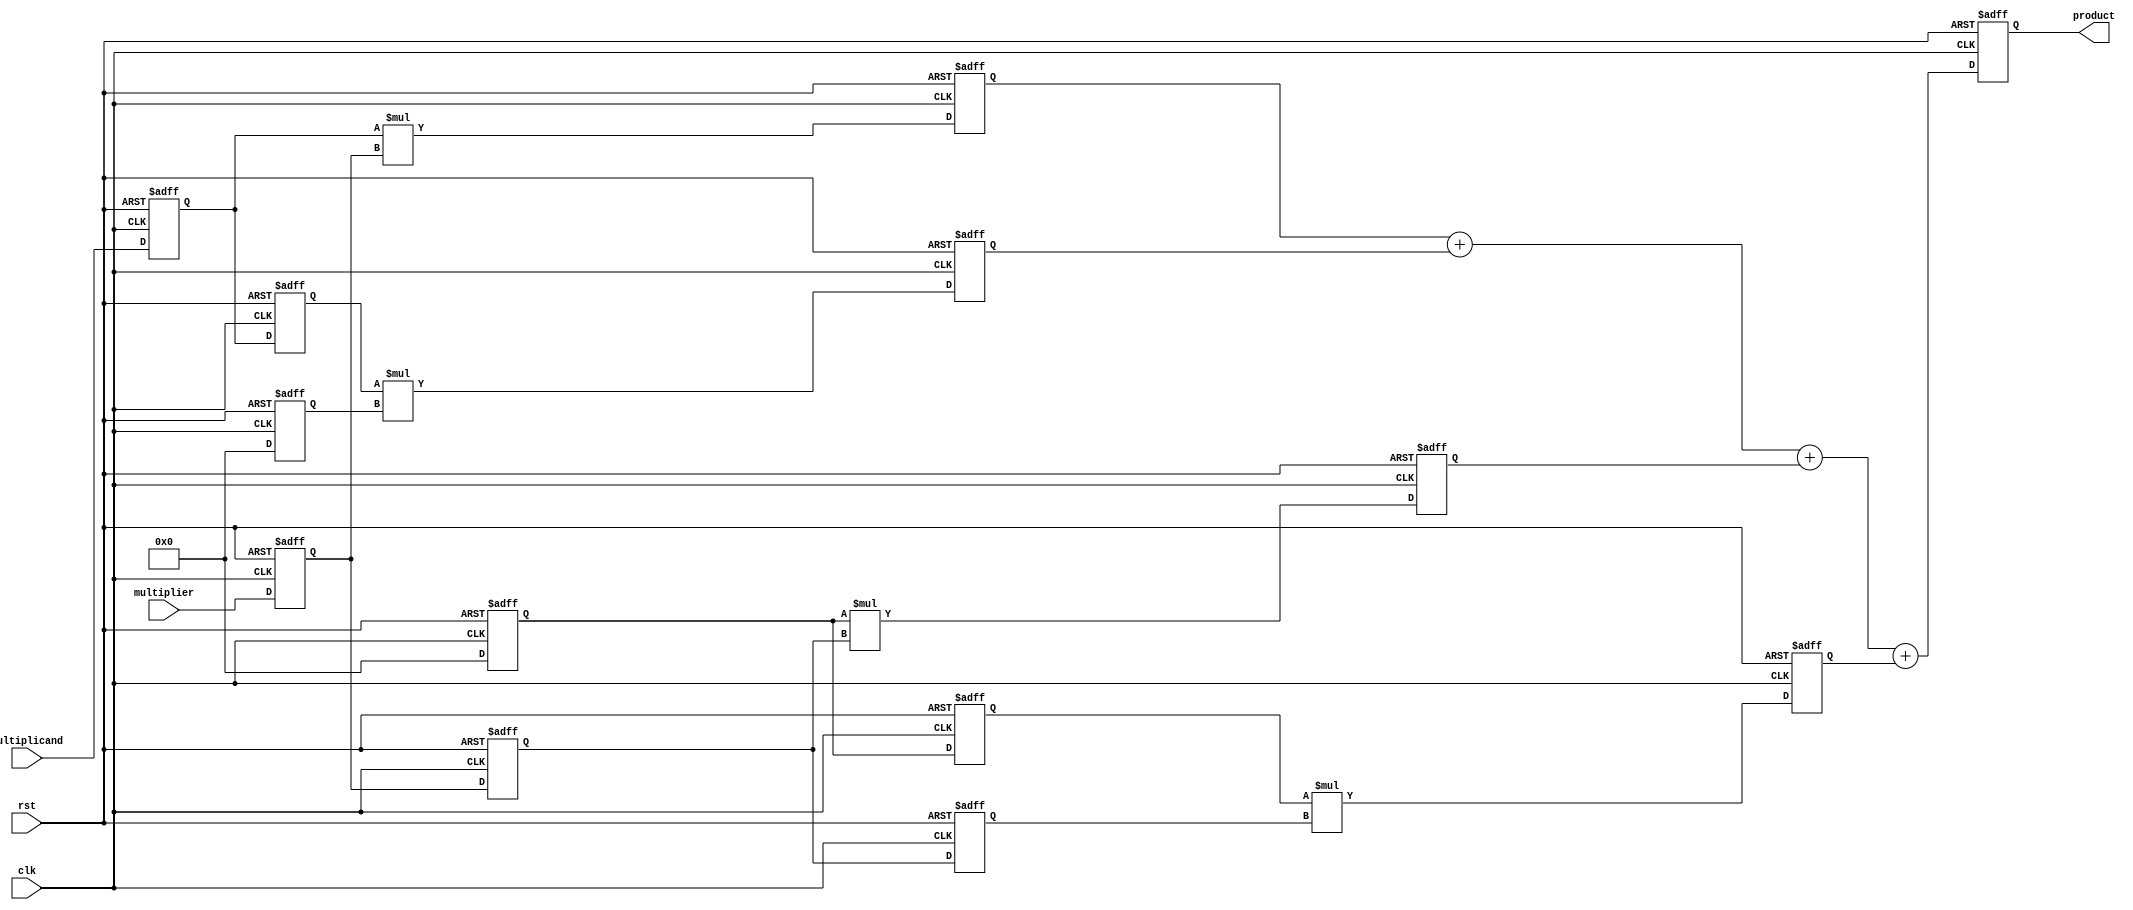
module systolic_multiplier #(
    parameter N = 4 // Bit-width of the multiplicand and multiplier
)(
    input wire clk,
    input wire rst,
    input wire [N-1:0] multiplicand,
    input wire [N-1:0] multiplier,
    output reg [2*N-1:0] product // Output product
);

    // Processing Elements (PEs)
    reg [N-1:0] pe_a [0:1][0:1]; // Multiplicand inputs to PEs
    reg [N-1:0] pe_b [0:1][0:1]; // Multiplier inputs to PEs
    reg [2*N-1:0] pe_result [0:1][0:1]; // Partial results from PEs

    integer i, j;

    // Control logic to manage data flow
    always @(posedge clk or posedge rst) begin
        if (rst) begin
            // Reset all registers
            product <= 0;
            for (i = 0; i < 2; i = i + 1) begin
                for (j = 0; j < 2; j = j + 1) begin
                    pe_a[i][j] <= 0;
                    pe_b[i][j] <= 0;
                    pe_result[i][j] <= 0;
                end
            end
        end else begin
            // Load the multiplicand and multiplier into the first row and column
            if (clk) begin
                // Shift multiplicand into PEs
                pe_a[0][0] <= multiplicand;
                pe_a[0][1] <= pe_a[0][0]; // Shift right
                pe_a[1][0] <= 0; // No input for the second row yet
                pe_a[1][1] <= pe_a[1][0]; // Shift right

                // Shift multiplier into PEs
                pe_b[0][0] <= multiplier;
                pe_b[1][0] <= pe_b[0][0]; // Shift down
                pe_b[0][1] <= 0; // No input for the first row yet
                pe_b[1][1] <= pe_b[1][0]; // Shift down

                // Perform multiplication in each PE
                pe_result[0][0] <= pe_a[0][0] * pe_b[0][0];
                pe_result[0][1] <= pe_a[0][1] * pe_b[0][1];
                pe_result[1][0] <= pe_a[1][0] * pe_b[1][0];
                pe_result[1][1] <= pe_a[1][1] * pe_b[1][1];

                // Accumulate results
                product <= pe_result[0][0] + pe_result[0][1] + pe_result[1][0] + pe_result[1][1];
            end
        end
    end
endmodule